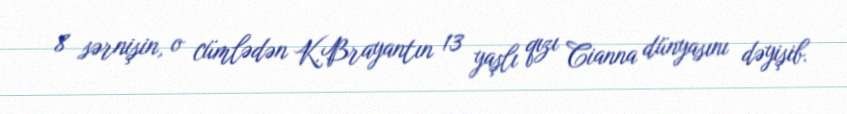
8 sərnişin, o cümlədən K.Brayantın 13 yaşlı qızı Cianna dünyasını dəyişib.